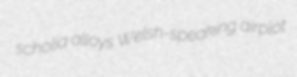
scholia alloys Welsh-speaking airplot